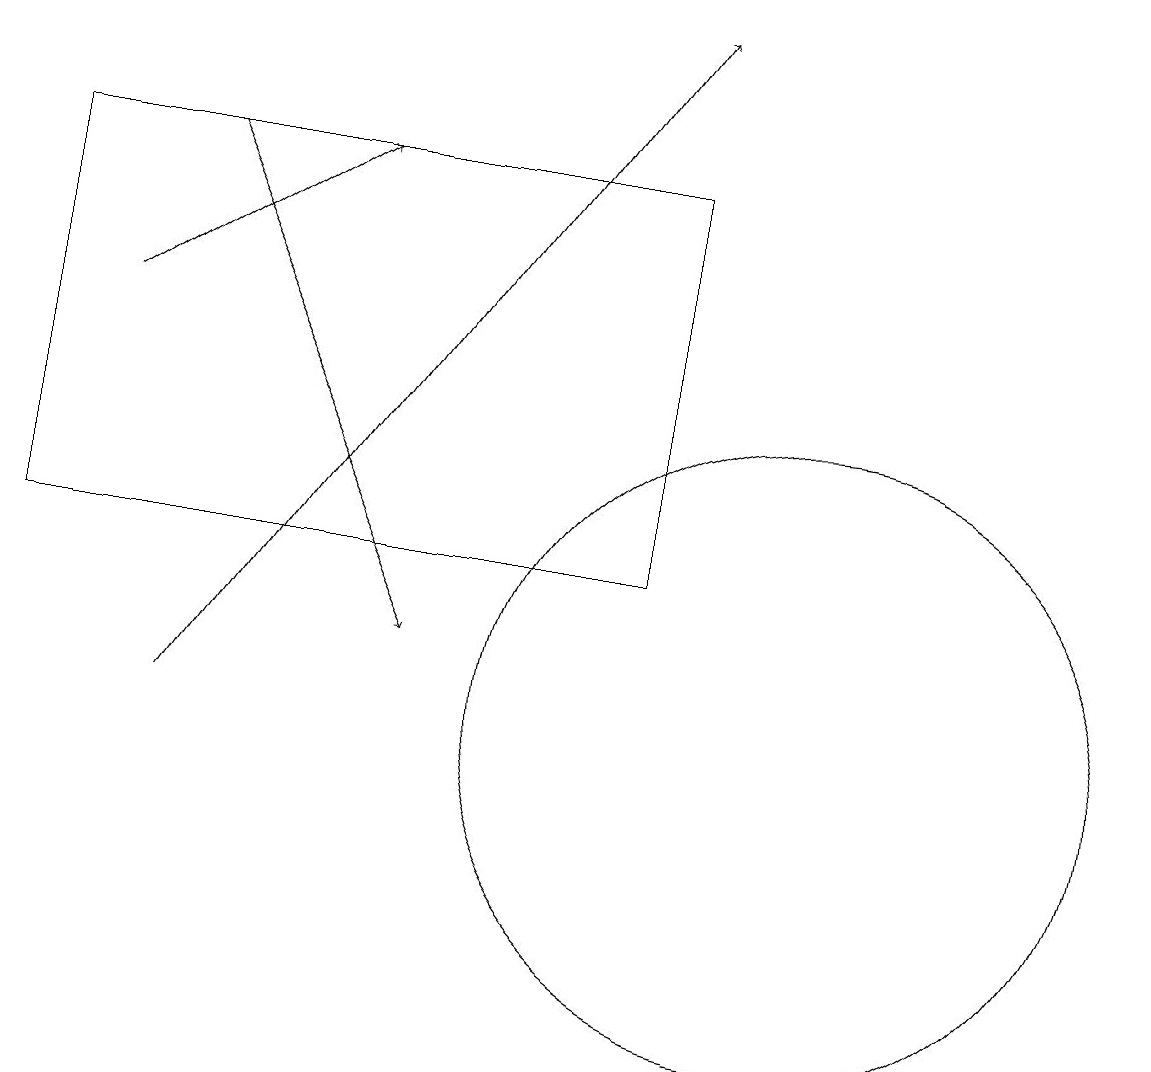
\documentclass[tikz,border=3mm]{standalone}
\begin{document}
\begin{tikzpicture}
\draw[->] (1,15) -- (4,17);
\draw[->] (2,10) -- (8,19);
\draw[->] (2,17) -- (5,11);
\draw (0,17) rectangle (8,12);
\draw (10,10) circle (4);
\draw (11,10) circle (0);
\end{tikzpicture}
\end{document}